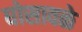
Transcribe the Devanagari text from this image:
घोसावळे